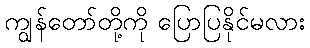
ကျွန်တော်တို့ကို ပြောပြနိုင်မလား